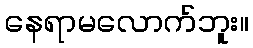
နေရာမလောက်ဘူး။